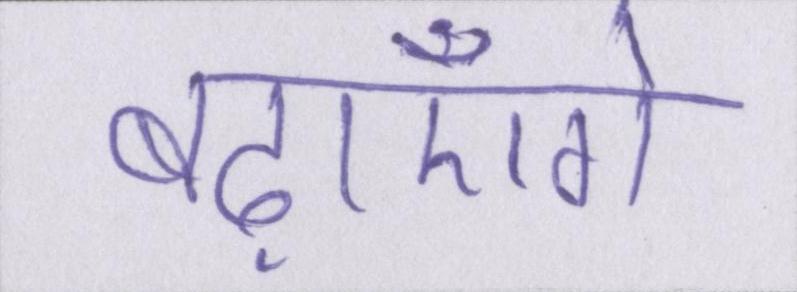
बढ़ाएँगे